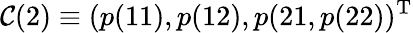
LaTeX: \mathcal{C}(2)\equiv(p(11),p(12),p(21,p(22))^{\mathrm{T}}